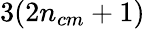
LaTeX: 3(2{n_{cm}}+1)